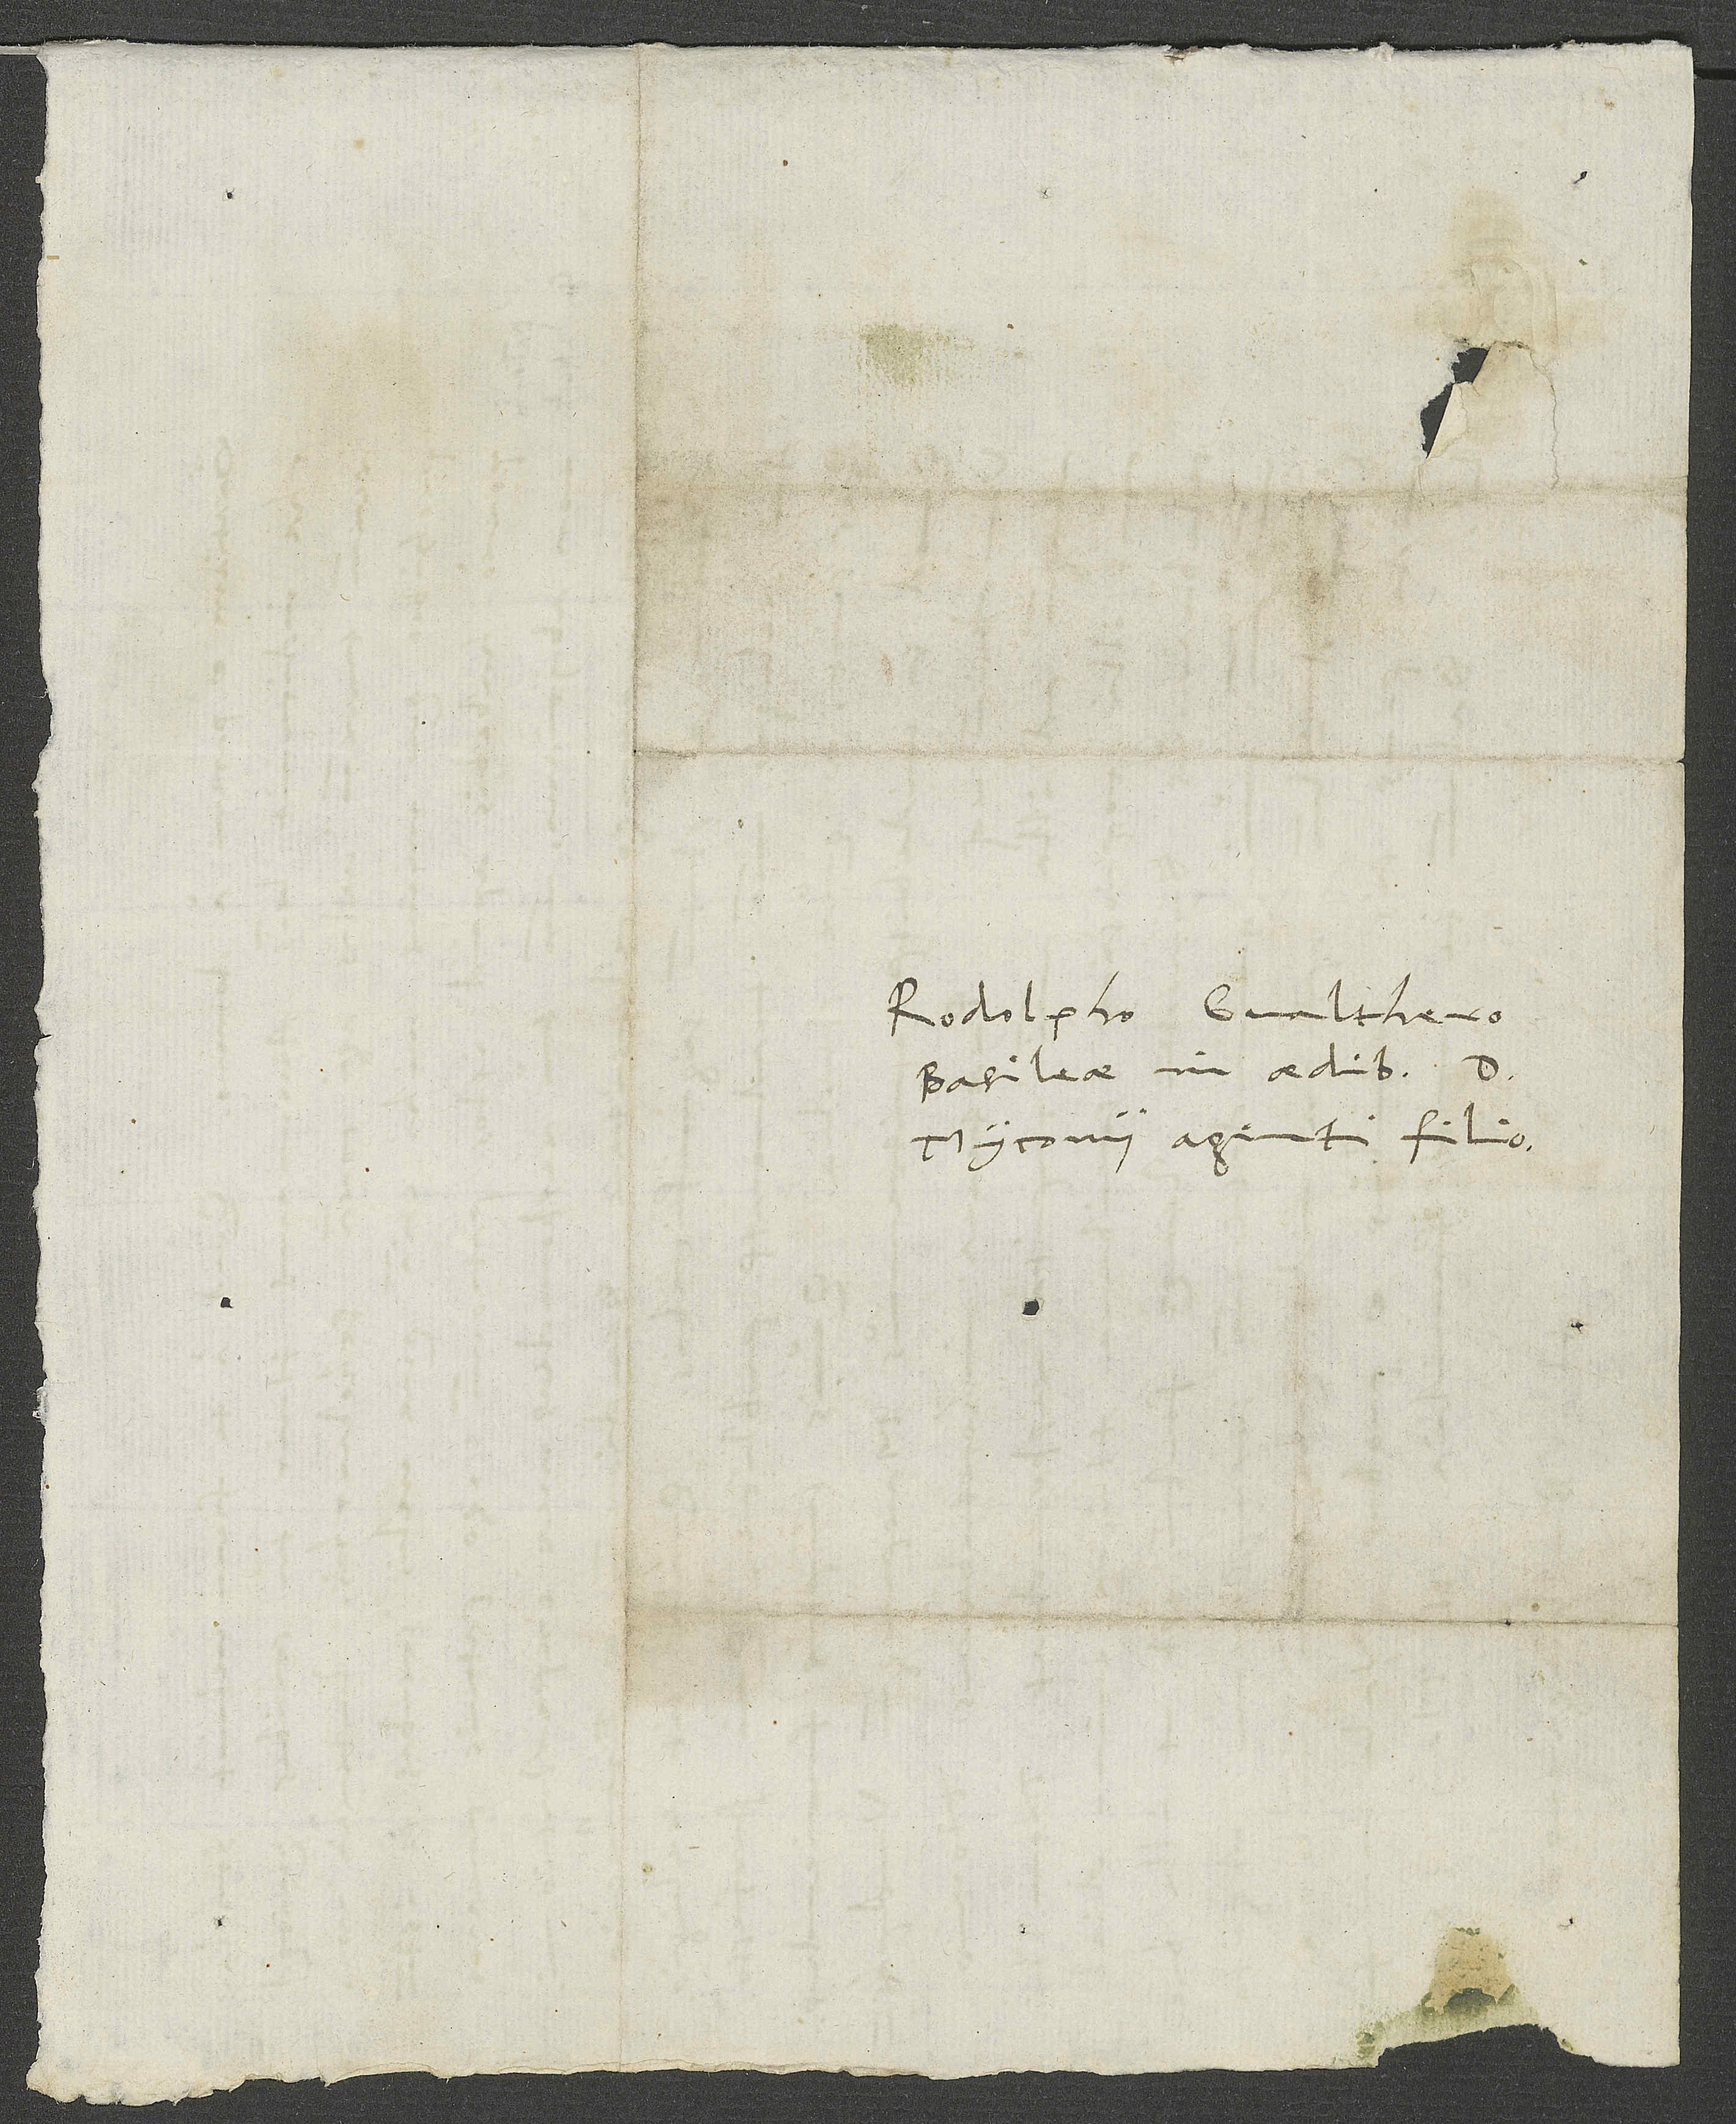
Rodolpho Gvalthero
Basileae in aedibus d.
Myconii agenti, filio.